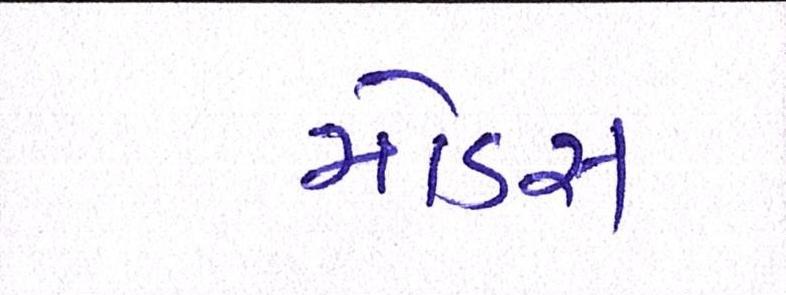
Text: મોડસ